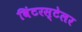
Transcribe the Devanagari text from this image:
विंटरस्टेलर